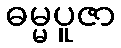
ဓမ္မပူဇာ